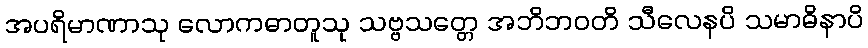
အပရိမာဏာသု လောကဓာတူသု သဗ္ဗသတ္တေ အဘိဘဝတိ သီလေနပိ သမာဓိနာပိ